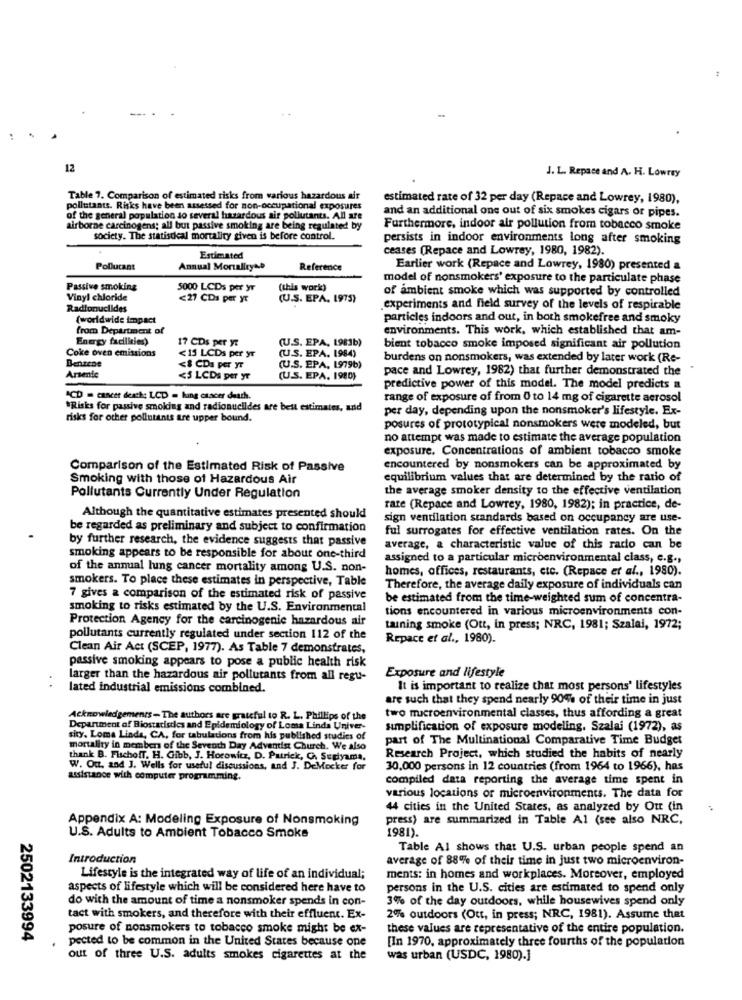
12
J. L. Repace and A. H. Lowrey
Table 7. Comparison of estimated risks from various hazardous air
estimated rate of 32 per day (Repace and Lowrey, 1980),
pollutants. Risks have been assessed for non-occupational exposures
and an additional one out of six smokes cigars or pipes.
of the general population so several hazardous air pollutants. All are
airborne carcinogens; all but passive smoking are being regulated by
Furthermore, indoor air pollution from tobacco smoke
society. The statistical mortality given is before control.
persists in indoor environments long after smoking
ceases (Repace and Lowrey, 1980, 1982).
Estimated
Pollucant
Annual MortalityAD
Reference
Earlier work (Repace and Lowrey, 1980) presented a
model of nonsmokers' exposure to the particulate phase
Passive smoking
5000 LCDs per yr
(this work)
of ambient smoke which was supported by controlled
Vinyl chloride
<21 CDs per yt
(U.S. EPA. 1975)
Radionuclides
experiments and field survey of the levels of respirable
(worldwide impact
particles indoors and out, in both smokefree and smoky
from Department of
environments. This work, which established that am-
Energy facilities)
17 CDs per yt
(U.S. EPA, 1981b)
Coke oven emissions
(U.S. EPA. 1984)
bient tobacco smoke imposed significant air pollution
Benzene
<15 LCDs per yr
burdens on nonsmokers, was extended by later work (Re-
<& CDa per yr
(U.S. EPA, 1979b)
pace and Lowrey, 1982) that further demonstrated the
Arsente
<5 LCDS per yr
(U.S. EPA. 1980)
predictive power of this model. The model predicts a
ACD = cancer desthe LCD = hang csscer death.
range of exposure of from 0 to 14 mg of cigarette aerosol
*Risks for passive smoking and radionuclides are best estimates, and
per day, depending upon the nonsmoker's lifestyle. Ex-
risks for other pollutants are upper bound.
posures of prototypical nonsmokers were modeled, but
no attempt was made to estimate the average population
exposure. Concentrations of ambient tobacco smoke
Comparison of the Estimated Risk of Passive
encountered by nonsmokers can be approximated by
Smoking with those of Hazardous Air
equilibrium values that are determined by the ratio of
the average smoker density to the effective ventilation
Pollutants Currently Under Regulation
rate (Repace and Lowrey, 1980, 1982); in practice, de-
Although the quantitative estimates presented should
sign ventilation standards based on occupancy are use-
be regarded as preliminary and subject to confirmation
ful surrogates for effective ventilation rates. On the
by further research, the evidence suggests that passive
average, a characteristic value of this rado can be
smoking appears to be responsible for about one-third
assigned to a particular microenvironmental class, e.g .,
of the annual lung cancer mortality among U.S. non-
homes, offices, restaurants, etc. (Repace et al ., 1980).
smokers. To place these estimates in perspective, Table
Therefore, the average daily exposure of individuals can
7 gives a comparison of the estimated risk of passive
be estimated from the time-weighted sum of concentra-
smoking to risks estimated by the U.S. Environmental
tions encountered in various microenvironments con-
Protection Agency for the carcinogenic hazardous air
taining smoke (Ott, in press; NRC, 1981; Szalai, 1972;
pollutants currently regulated under section 112 of the
Repace et al ., 1980).
Clean Air Act (SCEP, 1977). As Table 7 demonstrates,
passive smoking appears to pose a public health risk
Exposure and lifestyle
larger than the hazardous air pollutants from all regu-
. .
lated industrial emissions combined.
It is important to realize that most persons' lifestyles
are such that they spend nearly 90% of their time in just
Acknowledgements- The authors are grateful to R. L. Phillips of the
two macroenvironmental classes, thus affording a great
Department of Biostatistics and Epidemiology of Loma Linda Univer-
simplification of exposure modeling, Szalai (1972), as
sity. Loma Linda, CA, for tabulations from his published studies of
part of The Multinational Comparative Time Budget
mortality in member of the Seventh Day Adventist Church. We also
thank B. FischofT. H. Gibb, J. Horowitz, D. Patrick, G. Sugiyama.
Research Project, which studied the habits of nearly
W. Out, and J. Wells for useful discussions, and J. DeMecker for
30,000 persons in 12 countries (from 1964 to 1966), has
assistance with computer programming.
compiled data reporting the average time spent in
various locations of microenvironments. The data for
44 cities in the United States, as analyzed by Out (in
Appendix A: Modeling Exposure of Nonsmoking
press) are summarized in Table Al (see also NRC,
1981).
U.S. Adults to Ambient Tobacco Smoke
Table Al shows that U.S. urban people spend an
Introduction
average of 88% of their time in just two microenviron-
Lifestyle is the integrated way of life of an individual;
ments: in homes and workplaces. Moreover, employed
aspects of lifestyle which will be considered here have to
persons in the U.S. cities are estimated to spend only
do with the amount of time a nonsmoker spends in con-
3% of the day outdoors, while housewives spend only
tact with smokers, and therefore with their effluent. Ex-
2% outdoors (Ott, in press; NRC, 1981). Assume that
posure of nonsmokers to tobacco smoke might be ex-
these values are representative of the entire population.
2502133994
pected to be common in the United States because one
[In 1970, approximately three fourths of the population
out of three U.S. adults smokes cigarettes at the
was urban (USDC, 1980).]